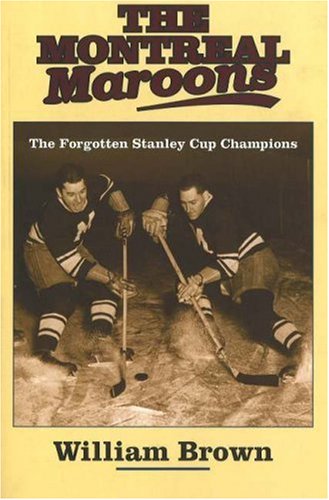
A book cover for The Montreal Maroons: The Forgotten Stanley Cup Champions; William Brown; Sports & Outdoors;